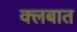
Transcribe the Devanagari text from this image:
क्‍लबात